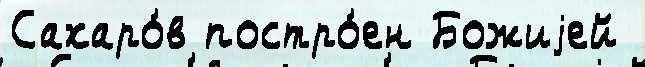
Сахаро́в постро́ен Божиjей